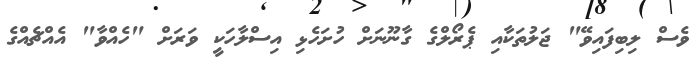
ވެސް ލިބިފައިވޭ" ޖަލުތަކާއި ޕެރޯލްގެ ގާނޫނަށް ހުށަހެޅި އިސްލާހަކީ ވަރަށް "ހެއްވާ" އެއްޗެއްގެ